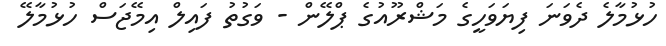
ހުޅުމާލެ ދެވަނަ ފިޔަވަހީގެ މަޝްރޫއުގެ ޕްލޭން - ވަގުތު ފައިލް އިމޭޖަސް ހުޅުމާލޭ